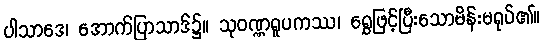
ပါသာဒေ၊ အောက်ပြာသာဒ်၌။ သုဝဏ္ဏရူပကဿ၊ ရွှေဖြင့်ပြီးသောမိန်းမရုပ်၏။